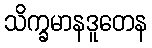
သိက္ခမာနဒူတေန